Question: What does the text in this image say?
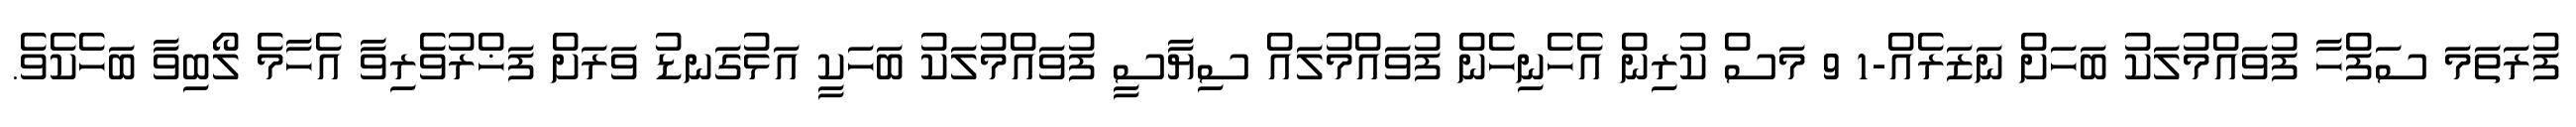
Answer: ފުރަތަމަ ސަފްހާ ފުވައްމުލަކު ބަހަށް ނަޒަރެއް-1 9 މަސް ކުރިން އެހެނިހެން ފުވައްމުލައް ސިޔާސީ ފުވައްމުލަކު ބަހަކީ އަޅުގަނޑު ވަރަށް ފަޚްރުވެރިވާ އެހާމެ ލޯބިވާ ބަހެކެވެ.